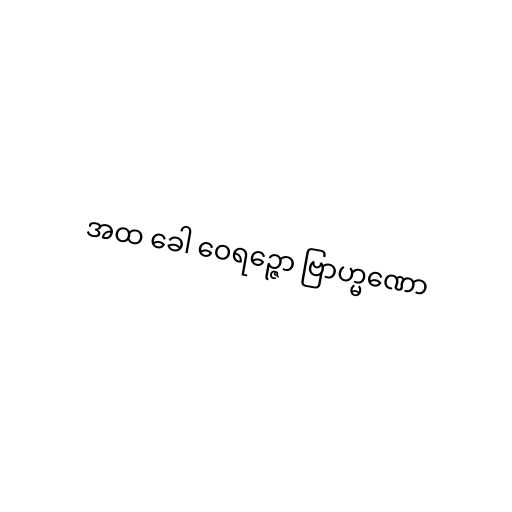
အထ ခေါ ဝေရဉ္ဇော ဗြာဟ္မဏော